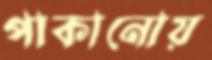
পাকানোয়